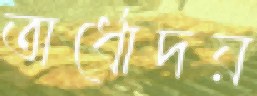
অর্ধোদয়